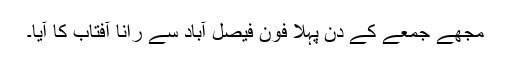
مجھے جمعے کے دن پہلا فون فیصل آباد سے رانا آفتاب کا آیا۔